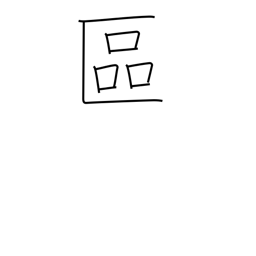
Meaning: ward